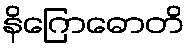
နိဂြောဓောတိ